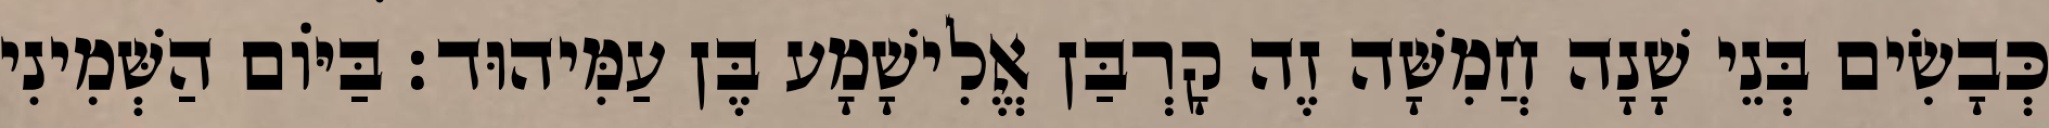
כְּבָשִׂים בְּנֵי שָׁנָה חֲמִשָּׁה זֶה קָרְבַּן אֱלִישָׁמָע בֶּן עַמִּיהוּד׃ בַּיּוֹם הַשְּׁמִינִי